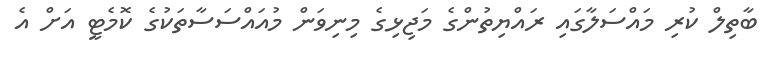
ބާތިލް ކުރި މައްސަލާގައި ރައްޔިތުންގެ މަޖިޅިގެ މިނިވަން މުއައްސަސާތަކުގެ ކޮމެޓީ އަށް އެ